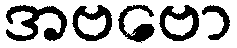
အဗဗော